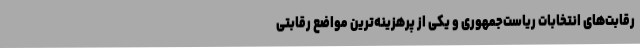
رقابت‌های انتخابات ریاست‌جمهوری و یکی از پرهزینه‌ترین مواضع رقابتی